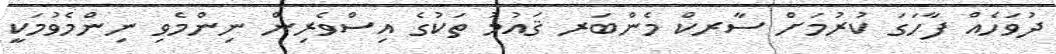
ދުވަހެއް ފާހަގަ ކުރުމަށް ސާރކް މެންބަރ ޤައުމު ތަކުގެ އިސްވެރިން ނިންމެވި ނިންމެވުމަކީ